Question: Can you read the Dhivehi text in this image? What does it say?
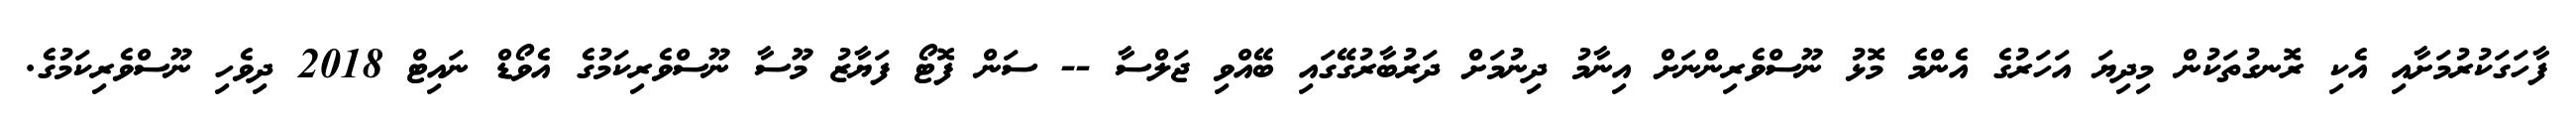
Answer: ފާހަގަކުރުމަށާއި އެކި ރޮނގުތަކުން މިދިޔަ އަހަރުގެ އެންމެ މޮޅު ނޫސްވެރިންނަށް އިނާމު ދިނުމަށް ދަރުބާރުގޭގައި ބޭއްވި ޖަލްސާ -- ސަން ފޮޓޯ ފަޔާޒު މޫސާ ނޫސްވެރިކަމުގެ އެވޯޑް ނައިޓް 2018 ދިވެހި ނޫސްވެރިކަމުގެ.